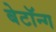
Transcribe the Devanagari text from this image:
बेटॉन्ग